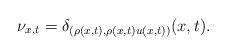
LaTeX: \begin{align*}\nu_{x,t}=\delta_{(\rho(x,t),\rho(x,t) u(x,t))}(x,t).\end{align*}